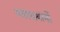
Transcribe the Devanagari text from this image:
महाख्यानों